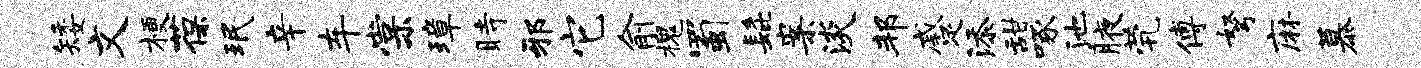
矮文梗葆珉辛车棠璋时邪它俞槐蜀髭案淡邦蹙添甜啄池腋茕傅弩麻慕